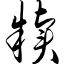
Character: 牍